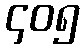
၄၀၅